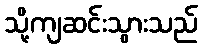
သို့ကျဆင်းသွားသည်